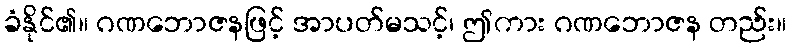
ခံနိုင်၏။ ဂဏဘောဇနဖြင့် အာပတ်မသင့်၊ ဤကား ဂဏဘောဇန တည်း။